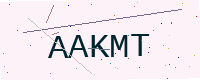
Text: AAKMT